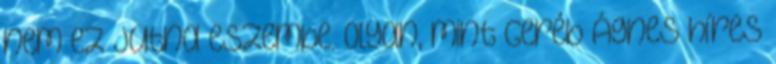
nem ez jutna eszembe. Olyan, mint Geréb Ágnes híres